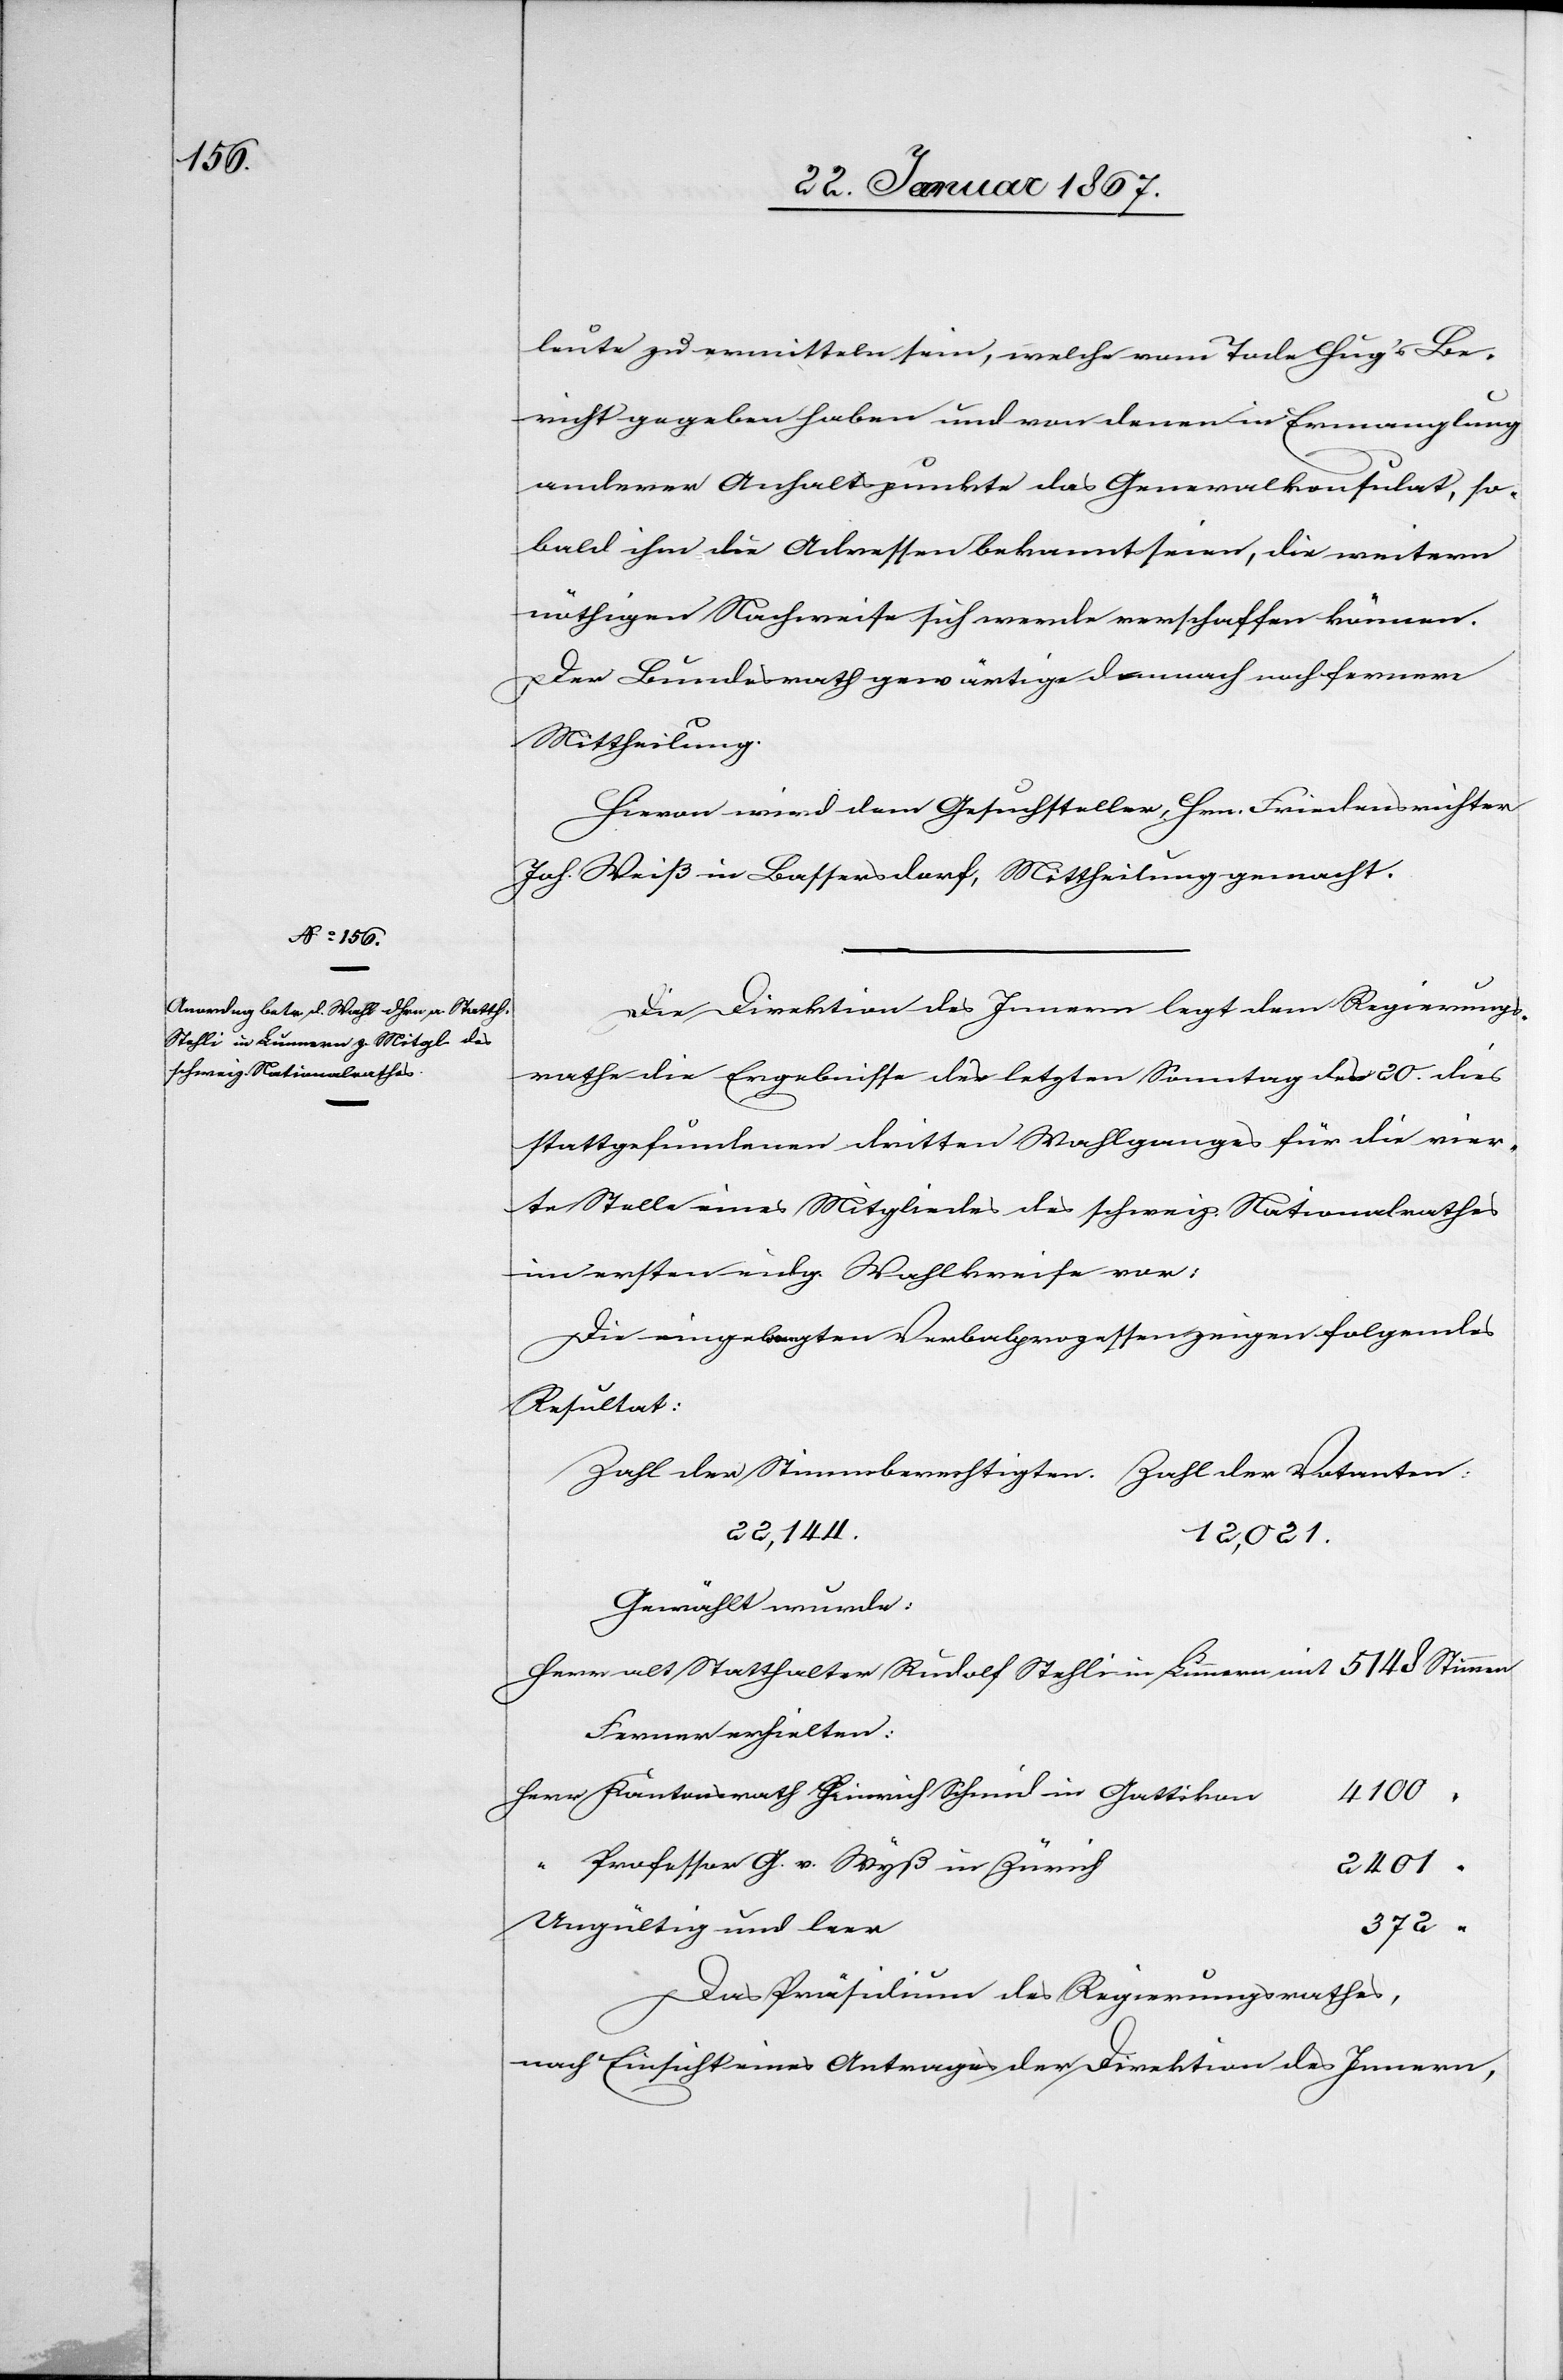
24. Januar 1867]
leute zu ermitteln sein, welche vom Tode Hug’s Be¬
richt gegeben haben und von denen in Ermanglung
anderer Anhaltspunkte das Generalkonsulat, so¬
bald ihm die Adressen bekannt seien, die weitern
nöthigen Nachweise sich werde verschaffen können.
Der Bundesrath gewärtige demnach noch fernere
Mittheilung.
Hievon wird dem Gesuchsteller, Hrn. Friedensrichter
Joh. Weiß in Bassersdorf, Mittheilung gemacht.
Die Direktion des Innern legt dem Regierungs¬
rathe die Ergebnisse des letzten Sonntag den 20. dies
stattgefundenen dritten Wahlganges für die vier¬
te Stelle eines Mitgliedes des schweiz. Nationalrathes
im ersten eidg. Wahlkreise vor:
Die eingelegten Verbalprozessen zeigen folgendes
Resultat:
Zahl der Stimmberechtigten: 	Zahl der Votanten:
Gewählt wurde:
Herr alt Statthalter Rudolf Stehli in Lunnern mit 			5148 Stimmen
Ferner erhielten:
Herr Kantonsrath Heinrich Schmid in Gattiko¬
h				2401
Professor G. v. Wyß in Züric¬
Das Präsidium des Regierungsrathes,
nach Einsicht eines Antrages der Direktion des Innern,